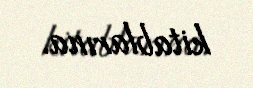
kitablarına.